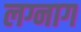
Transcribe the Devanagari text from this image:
लग्नाग